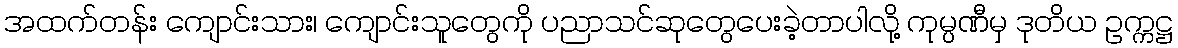
အထက်တန်း ကျောင်းသား၊ ကျောင်းသူတွေကို ပညာသင်ဆုတွေပေးခဲ့တာပါလို့ ကုမ္ပဏီမှ ဒုတိယ ဥက္ကဋ္ဌ